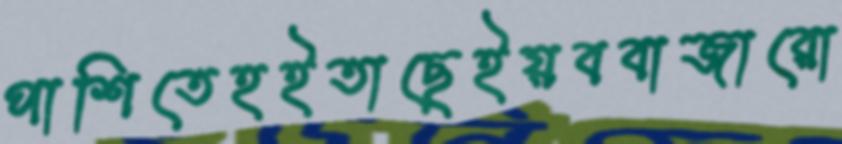
পাশিতেহইতাছেইয়ববাজারো